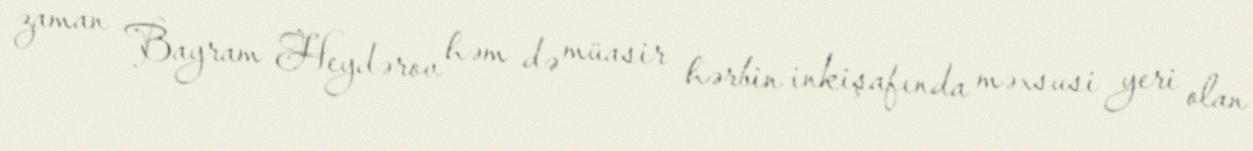
zaman Bayram Heydərov həm də müasir hərbin inkişafında məxsusi yeri olan